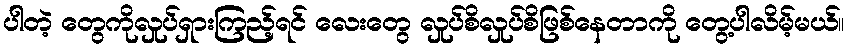
ပါတဲ့ တွေကိုလှုပ်ရှားကြည့်ရင် လေးတွေ လှုပ်စိလှုပ်စိဖြစ်နေတာကို တွေ့ပါလိမ့်မယ်။